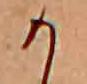
か